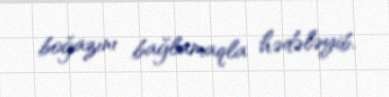
boğazını bağlamaqla hədələyib.